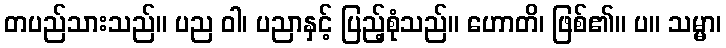
တပည်သားသည်။ ပည ဝါ၊ ပညာနှင့် ပြည့်စုံသည်။ ဟောတိ၊ ဖြစ်၏။ ပ။ သမ္မာ၊